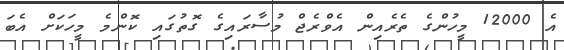
އެ 12000 މީހުންގެ ތެރެއިން އެވްރެޖް މުސާރައިގެ ގޮތުގައި ކޮންމެ މީހަކަށް އެބަ